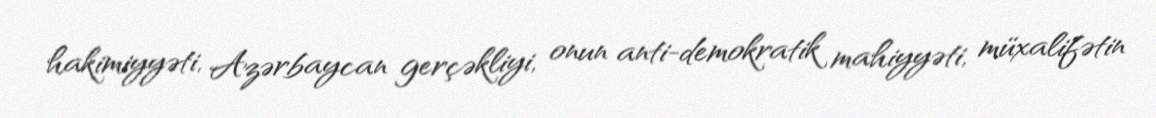
hakimiyyəti, Azərbaycan gerçəkliyi, onun anti-demokratik mahiyyəti, müxalifətin